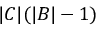
| C | ( | B | - 1 )